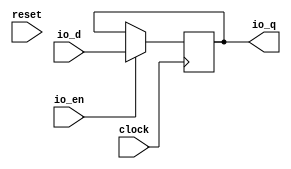
module ClockCrossingReg_w55(
  input         clock,
  input         reset,
  input  [54:0] io_d,
  output [54:0] io_q,
  input         io_en
);
`ifdef RANDOMIZE_REG_INIT
  reg [63:0] _RAND_0;
`endif // RANDOMIZE_REG_INIT
  reg [54:0] cdc_reg; // @[Reg.scala 15:16]
  assign io_q = cdc_reg; // @[SynchronizerReg.scala 202:8]
  always @(posedge clock) begin
    if (io_en) begin // @[Reg.scala 16:19]
      cdc_reg <= io_d; // @[Reg.scala 16:23]
    end
  end
// Register and memory initialization
`ifdef RANDOMIZE_GARBAGE_ASSIGN
`define RANDOMIZE
`endif
`ifdef RANDOMIZE_INVALID_ASSIGN
`define RANDOMIZE
`endif
`ifdef RANDOMIZE_REG_INIT
`define RANDOMIZE
`endif
`ifdef RANDOMIZE_MEM_INIT
`define RANDOMIZE
`endif
`ifndef RANDOM
`define RANDOM $random
`endif
`ifdef RANDOMIZE_MEM_INIT
  integer initvar;
`endif
`ifndef SYNTHESIS
`ifdef FIRRTL_BEFORE_INITIAL
`FIRRTL_BEFORE_INITIAL
`endif
initial begin
  `ifdef RANDOMIZE
    `ifdef INIT_RANDOM
      `INIT_RANDOM
    `endif
    `ifndef VERILATOR
      `ifdef RANDOMIZE_DELAY
        #`RANDOMIZE_DELAY begin end
      `else
        #0.002 begin end
      `endif
    `endif
`ifdef RANDOMIZE_REG_INIT
  _RAND_0 = {2{`RANDOM}};
  cdc_reg = _RAND_0[54:0];
`endif // RANDOMIZE_REG_INIT
  `endif // RANDOMIZE
end // initial
`ifdef FIRRTL_AFTER_INITIAL
`FIRRTL_AFTER_INITIAL
`endif
`endif // SYNTHESIS
endmodule